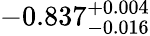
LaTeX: -0.837_{-0.016}^{+0.004}